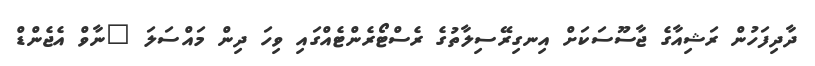
ދާދިފަހުން ރަޝިއާގެ ޖާސޫސަކަށް އިނގިރޭސިިލާތުގެ ރެސްޓޯރެންޓެއްގައި ވިހަ ދިން މައްސަލަ "ނާވް އެޖެންޑް